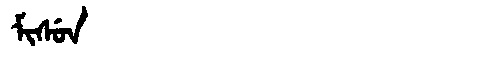
Manchu: ᠮᡳᠰᡠᠨ
Romanization: MISUN